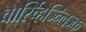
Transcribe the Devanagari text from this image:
वार्स्च्हिज्न्लिज्क